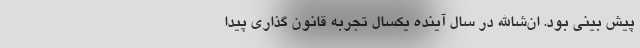
پیش بینی بود. ان‌شاالله در سال آینده یکسال تجربه قانون گذاری پیدا